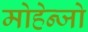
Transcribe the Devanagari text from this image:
मोहेन्जो